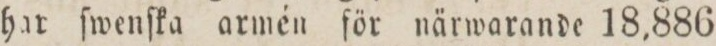
har ſwenſka armén för närwarande 18,886